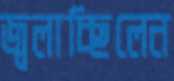
জ্বলাচ্ছিলেন